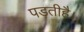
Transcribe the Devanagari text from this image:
पड़तीहै।